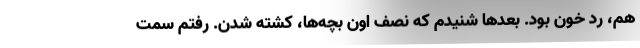
هم، رد خون بود. بعدها شنيدم كه نصف اون بچه‌ها، كشته شدن. رفتم سمت